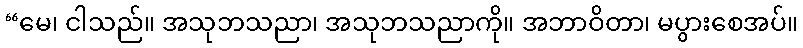
“မေ၊ ငါသည်။ အသုဘသညာ၊ အသုဘသညာကို။ အဘာဝိတာ၊ မပွားစေအပ်။